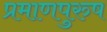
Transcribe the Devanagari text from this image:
प्रमाणपुरुष